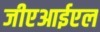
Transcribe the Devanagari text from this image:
जीएआईएल